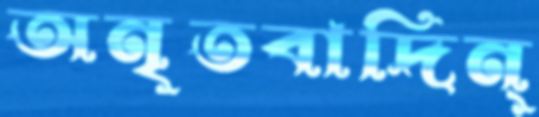
অনৃতবাদিন্